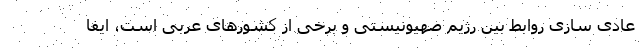
عادی سازی روابط بین رژیم صهیونیستی و برخی از کشورهای عربی است، ایفا